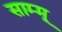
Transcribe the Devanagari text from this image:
साम्मू